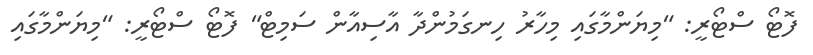
ފޮޓޯ ސްޓޯރީ: "މިޔަންމާގައި މިހާރު ހިނގަމުންދާ އާސިއާން ސަމިޓް" ފޮޓޯ ސްޓޯރީ: "މިޔަންމާގައި